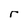
Character: r